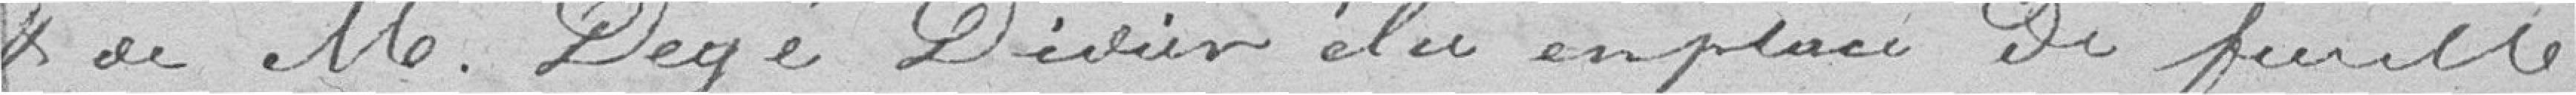
& de M. Degé Didier élu en place de feu M.